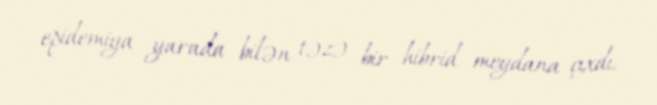
epidemiya yarada bilən təzə bir hibrid meydana çıxdı.